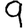
Digit: 9